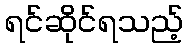
ရင်ဆိုင်ရသည့်